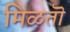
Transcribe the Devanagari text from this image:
मिळतॊ